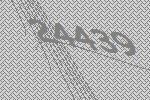
24439